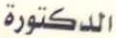
الدكتورة